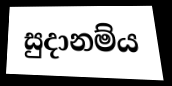
සුදානම්ය